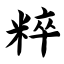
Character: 粹